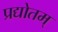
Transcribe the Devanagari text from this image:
प्रद्योतम्